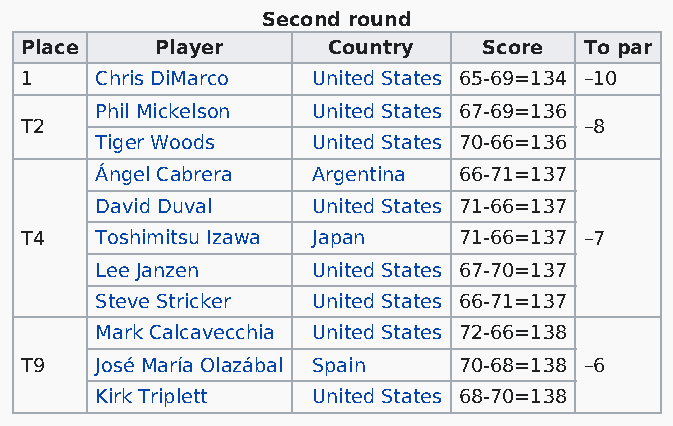
Second round
 Place    Player      Country   Score  To par
 1    Chris DiMarco  United States 65-69=134 –10
 Phil Mickelson United States 67-69=136
 T2                                    –8
 Tiger Woods    United States 70-66=136
 Ángel Cabrera  Argentina 66-71=137
 David Duval    United States 71-66=137
 T4   Toshimitsu Izawa Japan  71-66=137 –7
 Lee Janzen     United States 67-70=137
 Steve Stricker United States 66-71=137
 Mark Calcavecchia United States 72-66=138
 T9   José María Olazábal Spain 70-68=138 –6
 Kirk Triplett  United States 68-70=138